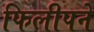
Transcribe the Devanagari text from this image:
फिलीपने